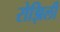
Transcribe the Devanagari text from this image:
रोझिली